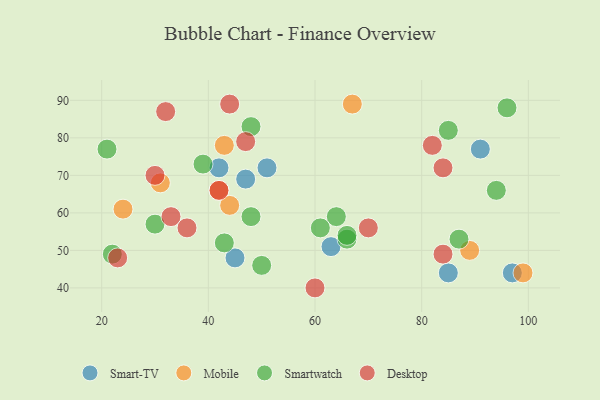
{"axis": {"x": "GDP", "y": "Life Expectancy"}, "legend": ["Desktop", "Mobile", "Smart-TV", "Smartwatch"], "data": [{"x": "42", "y": 72, "type": "Smart-TV"}, {"x": "63", "y": 51, "type": "Smart-TV"}, {"x": "91", "y": 77, "type": "Smart-TV"}, {"x": "47", "y": 69, "type": "Smart-TV"}, {"x": "97", "y": 44, "type": "Smart-TV"}, {"x": "45", "y": 48, "type": "Smart-TV"}, {"x": "85", "y": 44, "type": "Smart-TV"}, {"x": "51", "y": 72, "type": "Smart-TV"}, {"x": "67", "y": 89, "type": "Mobile"}, {"x": "24", "y": 61, "type": "Mobile"}, {"x": "31", "y": 68, "type": "Mobile"}, {"x": "99", "y": 44, "type": "Mobile"}, {"x": "42", "y": 66, "type": "Mobile"}, {"x": "43", "y": 78, "type": "Mobile"}, {"x": "44", "y": 62, "type": "Mobile"}, {"x": "89", "y": 50, "type": "Mobile"}, {"x": "48", "y": 83, "type": "Smartwatch"}, {"x": "50", "y": 46, "type": "Smartwatch"}, {"x": "22", "y": 49, "type": "Smartwatch"}, {"x": "39", "y": 73, "type": "Smartwatch"}, {"x": "30", "y": 57, "type": "Smartwatch"}, {"x": "87", "y": 53, "type": "Smartwatch"}, {"x": "64", "y": 59, "type": "Smartwatch"}, {"x": "61", "y": 56, "type": "Smartwatch"}, {"x": "43", "y": 52, "type": "Smartwatch"}, {"x": "48", "y": 59, "type": "Smartwatch"}, {"x": "66", "y": 53, "type": "Smartwatch"}, {"x": "94", "y": 66, "type": "Smartwatch"}, {"x": "66", "y": 54, "type": "Smartwatch"}, {"x": "85", "y": 82, "type": "Smartwatch"}, {"x": "21", "y": 77, "type": "Smartwatch"}, {"x": "96", "y": 88, "type": "Smartwatch"}, {"x": "47", "y": 79, "type": "Desktop"}, {"x": "33", "y": 59, "type": "Desktop"}, {"x": "23", "y": 48, "type": "Desktop"}, {"x": "44", "y": 89, "type": "Desktop"}, {"x": "82", "y": 78, "type": "Desktop"}, {"x": "70", "y": 56, "type": "Desktop"}, {"x": "30", "y": 70, "type": "Desktop"}, {"x": "84", "y": 72, "type": "Desktop"}, {"x": "42", "y": 66, "type": "Desktop"}, {"x": "60", "y": 40, "type": "Desktop"}, {"x": "84", "y": 49, "type": "Desktop"}, {"x": "36", "y": 56, "type": "Desktop"}, {"x": "32", "y": 87, "type": "Desktop"}]}